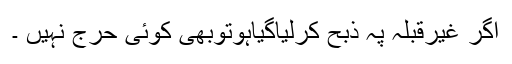
اگر غیرقبلہ پہ ذبح کرلیاگیاہوتوبھی کوئی حرج نہیں ۔